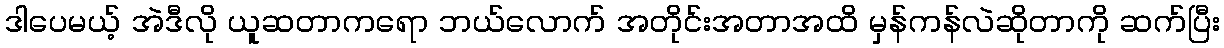
ဒါပေမယ့် အဲဒီလို ယူဆတာကရော ဘယ်လောက် အတိုင်းအတာအထိ မှန်ကန်လဲဆိုတာကို ဆက်ပြီး